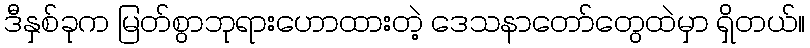
ဒီနှစ်ခုက မြတ်စွာဘုရားဟောထားတဲ့ ဒေသနာတော်တွေထဲမှာ ရှိတယ်။